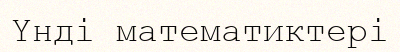
Үнді математиктері